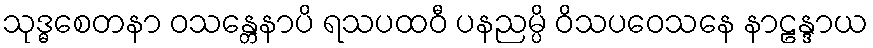
သုဒ္ဓစေတနာ ဝသန္တေနာပိ ရသပထဝီ ပနညမ္ပိ ဝိသပဝေသနေ နာဠန္ဒာယ